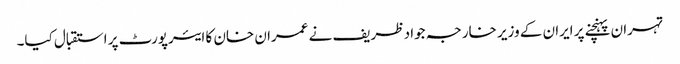
تہران پہنچنے پر ایران کے وزیر خارجہ جواد ظریف نے عمران خان کا ایئرپورٹ پر استقبال کیا۔